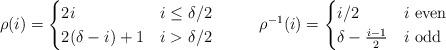
LaTeX: \begin{align*}\rho(i)&=\begin{cases} 2i & \mbox{$i\leq \delta/2$}\\2(\delta-i)+1&\mbox{$i>\delta/2$}\end{cases}&\rho^{-1}(i)&=\begin{cases} i/2 & \mbox{$i$ even}\\\delta-\frac{i-1}{2}&\mbox{$i$ odd}\end{cases}\end{align*}